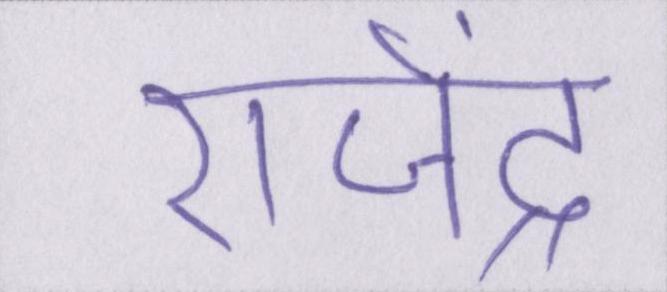
राजेंद्र